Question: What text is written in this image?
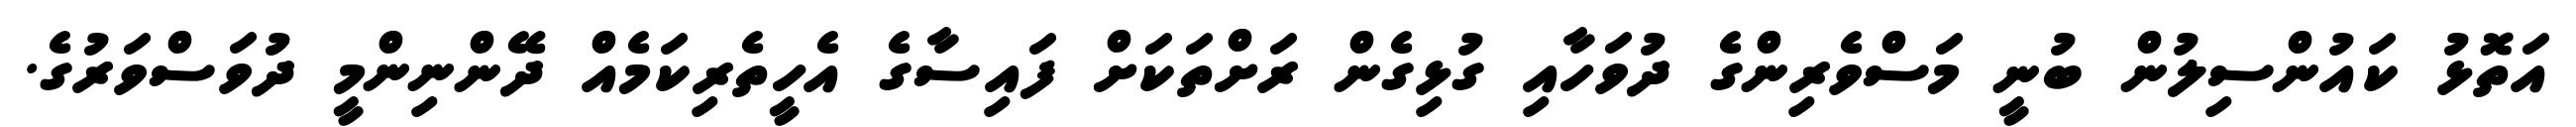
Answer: އަތޮޅު ކައުންސިލުން ބުނީ މަސްވެރިންގެ ދުވަހާއި ގުޅިގެން ރަށްތަކަށް ފައިސާގެ އެހީތެރިކަމެއް ދޭންނިންމީ ދުވަސްވަރުގެ.